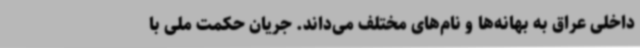
داخلی عراق به بهانه‌ها و نام‌های مختلف می‌داند. جریان حکمت ملی با